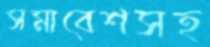
সমাবেশসহ